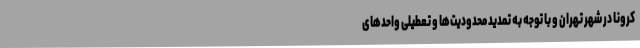
کرونا در شهر تهران و با توجه به تمدید محدودیت‌ها و تعطیلی واحدهای